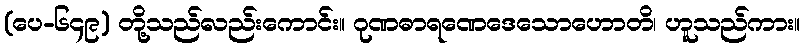
(ပေ-၆၄၉) တို့သည်လည်းကောင်း။ ဂုဏဓာရဏေဒေသောဟောတိ၊ ဟူသည်ကား။